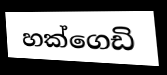
හක්ගෙඩි